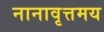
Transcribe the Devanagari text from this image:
नानावृत्तमय